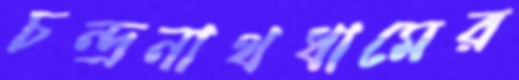
চন্দ্রনাথধামের